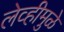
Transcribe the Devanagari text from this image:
लेव्हीमुळे